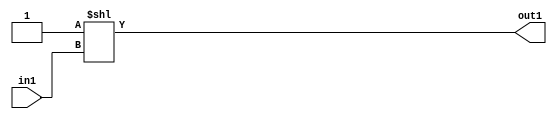
`timescale 1ps / 1ps
/*****************************************************************************
    Verilog RTL Description
    
    
    Created by: Stratus DpOpt 2019.1.01 
*******************************************************************************/

module GauFilter_DECODE_4U_6_4 (
	in1,
	out1
	); /* architecture "behavioural" */ 
input [1:0] in1;
output [3:0] out1;
wire [3:0] asc001;

assign asc001 = 4'B0001 << in1;

assign out1 = asc001;
endmodule

/* CADENCE  urjzQww= : u9/ySgnWtBlWxVPRXgAZ4Og= ** DO NOT EDIT THIS LINE ******/